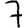
Digit: 7